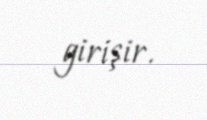
girişir.